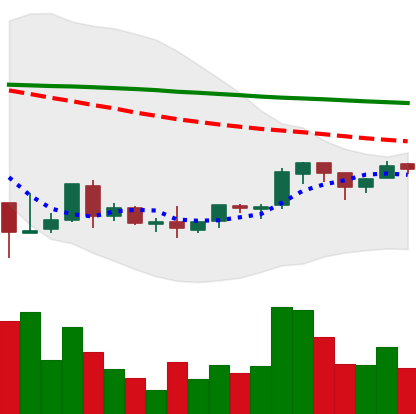
Ticker: BNB-USD
Chart end date: 2018-09-02
Forward return: -11.17%
Label: down_7plus